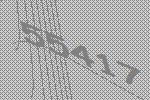
55417